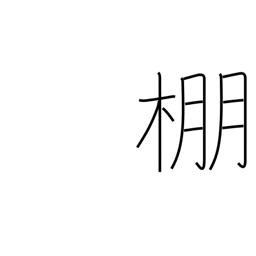
Meaning: trellis